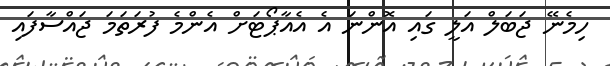
ހިމެނޭ ޖަބަލް އަލީ ގައި އޮންނަ އެ އެއާޕޯޓަށް އެންމެ ފުރަތަމަ ޖައްސާފައި